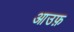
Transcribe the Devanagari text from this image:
आउफ़